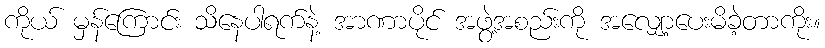
ကိုယ် မှန်ကြောင်း သိနေပါရက်နဲ့ အာဏာပိုင် အဖွဲ့အစည်းကို အလျှော့ပေးမိခဲ့တာကိုး။